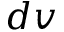
d v